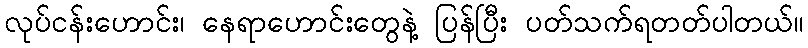
လုပ်ငန်းဟောင်း၊ နေရာဟောင်းတွေနဲ့ ပြန်ပြီး ပတ်သက်ရတတ်ပါတယ်။